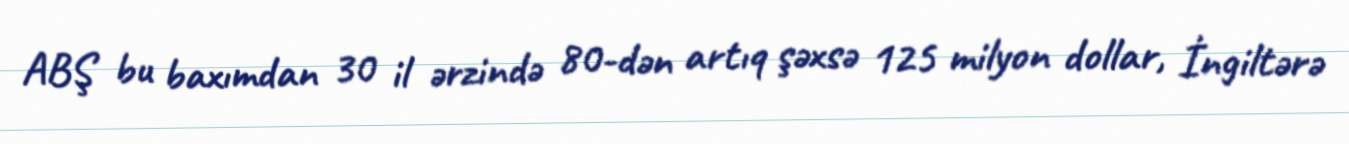
ABŞ bu baxımdan 30 il ərzində 80-dən artıq şəxsə 125 milyon dollar, İngiltərə